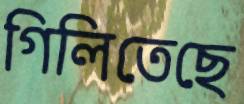
গিলিতেছে